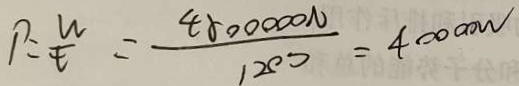
P : \frac { W } { t } = \frac { 4 8 0 0 0 0 0 N } { 1 2 0 0 } = 4 0 0 0 w